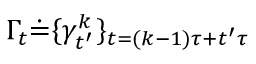
\Gamma _ { t } \dot { = } \{ \gamma _ { t ^ { \prime } } ^ { k } \} _ { t = ( k - 1 ) \tau + t ^ { \prime } \tau }